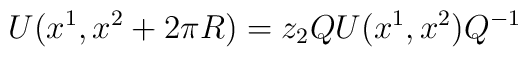
U(x^1,x^2 + 2\pi R) = z_2QU(x^1,x^2)Q^{-1}